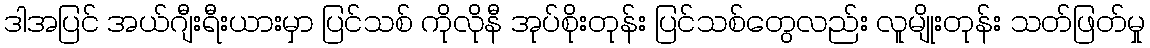
ဒါအပြင် အယ်ဂျီးရီးယားမှာ ပြင်သစ် ကိုလိုနီ အုပ်စိုးတုန်း ပြင်သစ်တွေလည်း လူမျိုးတုန်း သတ်ဖြတ်မှု